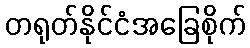
တရုတ်နိုင်ငံအခြေစိုက်